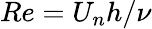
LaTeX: Re=U_{n}h/\nu